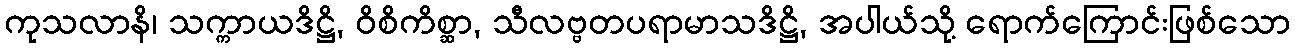
ကုသလာနိ၊ သက္ကာယဒိဋ္ဌိ, ဝိစိကိစ္ဆာ, သီလဗ္ဗတပရာမာသဒိဋ္ဌိ, အပါယ်သို့ ရောက်ကြောင်းဖြစ်သော